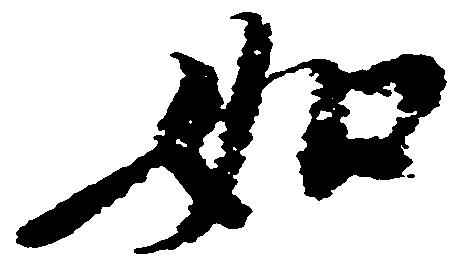
如